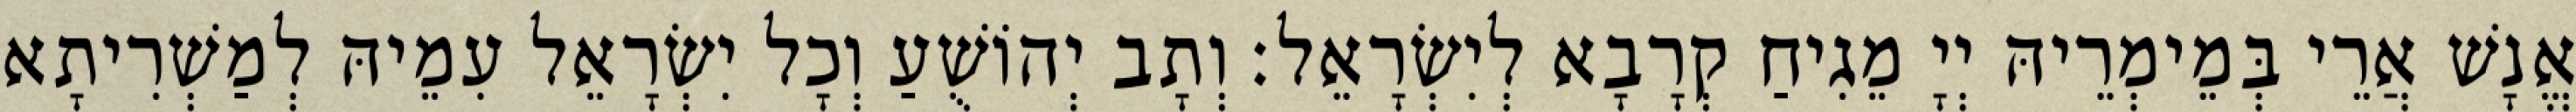
אֱנָשׁ אֲרֵי בְּמֵימְרֵיהּ יְיָ מֵגִיחַ קְרָבָא לְיִשְׂרָאֵל׃ וְתָב יְהוֹשֻׁעַ וְכָל יִשְׂרָאֵל עִמֵיהּ לְמַשְׁרִיתָא